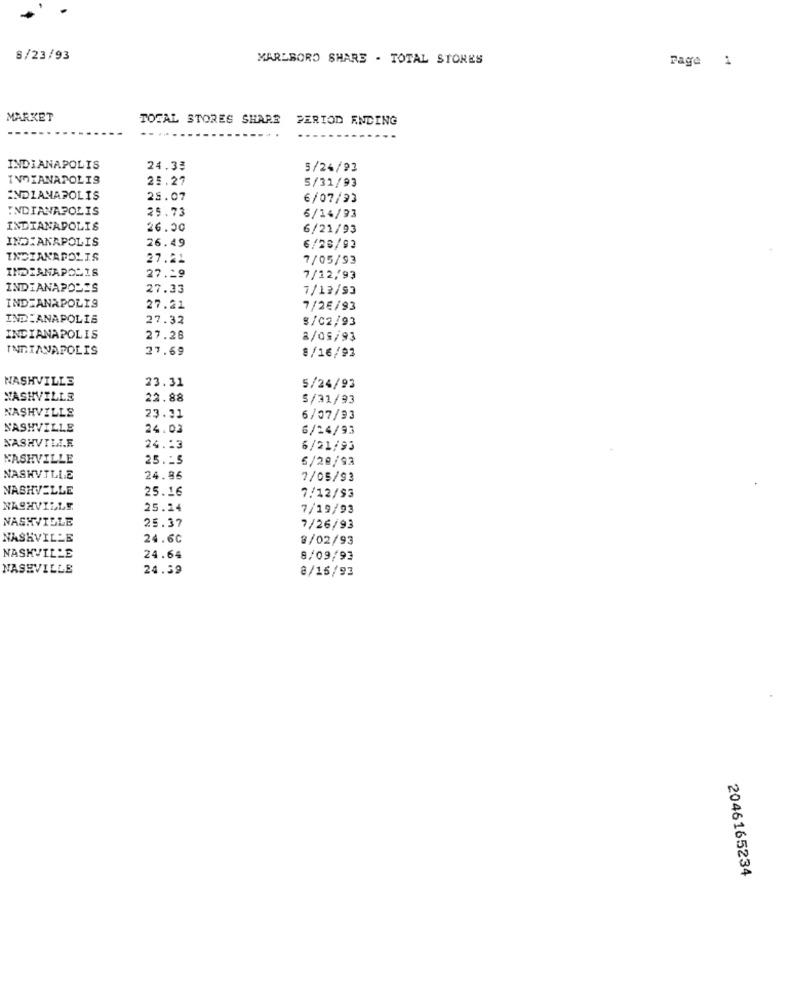
8/23/93
MARLBORO SHARE - TOTAL STORES
Page 1
MARKET
TOTAL STORES SHARE
PERIOD ENDING
INDIANAPOLIS
24.33
5/24/93
INDIANAPOLIS
25.27
5/31/93
INDIANAPOLIS
25.07
6/07/93
INDIANAPOLIS
25.73
6/14/93
INDIANAPOLIS
26.50
6/21/93
INDIANAPOLIS
26.49
6/28/93
INDIANAPOLIS
27.21
7/05/93
INDIANAPOLIS
27.29
7/12/93
INDIANAPOLIS
27.33
7/12/93
INDIANAPOLIS
27.21
7/2€/93
INDIANAPOLIS
27.32
$/02/93
INDIANAPOLIS
27.28
8/05/93
INDIANAPOLIS
27.69
8/16/92
NASHVILLE
23.31
5/24/93
NASHVILLE
22.88
5/31/93
NASHVILLE
23.31
6/07/93
NASHVILLE
24.03
6/24/93
NASHVILLE
24.13
6/21/93
NASHVILLE
25 .- 5
5/20/93
NASHVILLE
24.86
7/05/93
NASHVILLE
25.16
7/12/93
NASHVILLE
25.14
7/19/93
NASHVILLE
25.37
7/26/93
NASKVILLE
24.60
8/02/93
NASHVILLE
24.64
8/09/93
NASHVILLE
24.59
8/16/93
2046165234